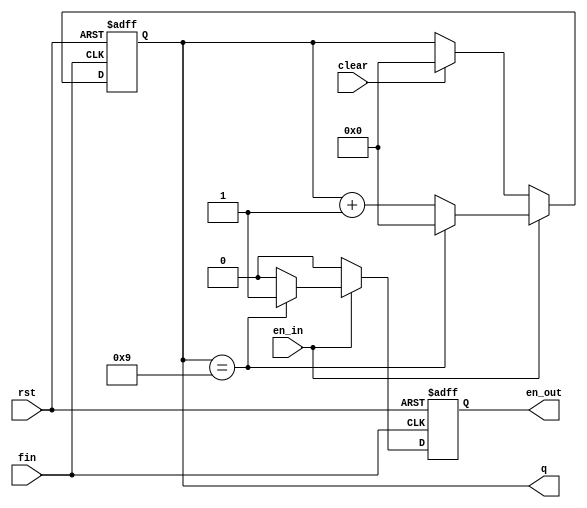
`timescale 1ns / 1ps
//////////////////////////////////////////////////////////////////////////////////
// blog: https://blog.csdn.net/Reborn_Lee
// Engineer: 
// Design Name: frequency detect
// Module Name: counter_10
// 
//////////////////////////////////////////////////////////////////////////////////



module counter_10(

input wire en_in,       //    
input wire rst,         //    
input wire clear,       //    
input wire fin,         //    
output reg en_out,      //101    
output reg [3:0] q      //4BCD  

        );
        
        always@  (posedge  fin  or  posedge  rst)      //    
if(rst)  begin                          //    
                en_out  <=  1'b0;    
                q  <=  4'b0;    
        end    
        else  if(en_in)  begin                  //    
                if(q  ==  4'b1001)  begin            //q  =  4'b1001qen_out  1'b1    
                        q  <=  4'b0;    
                        en_out  <=  1'b1;    
                end    
else  begin                        //q4'b1001q1  
                        q  <=  q  +  1'b1;    
                        en_out  <=1'b0;    
                end    
        end    
        else  if(clear)  begin                //  
                q  <=  4'b0;    
                en_out  <=  1'b0;    
        end    
        else    begin    
        q  <=  q;    
        en_out  <=1'b0;    
        end      
        
        
endmodule